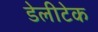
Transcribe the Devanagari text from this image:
डेलीटेक